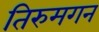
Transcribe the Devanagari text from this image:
तिरुमगन